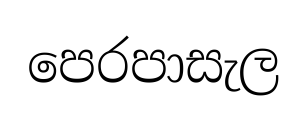
පෙරපාසැල